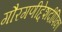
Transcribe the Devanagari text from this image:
गौरगणीद्देशदीपिका